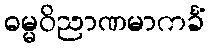
ဓမ္မဝိညာဏမာကင်္ခံ